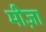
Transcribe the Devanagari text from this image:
मीज़ा